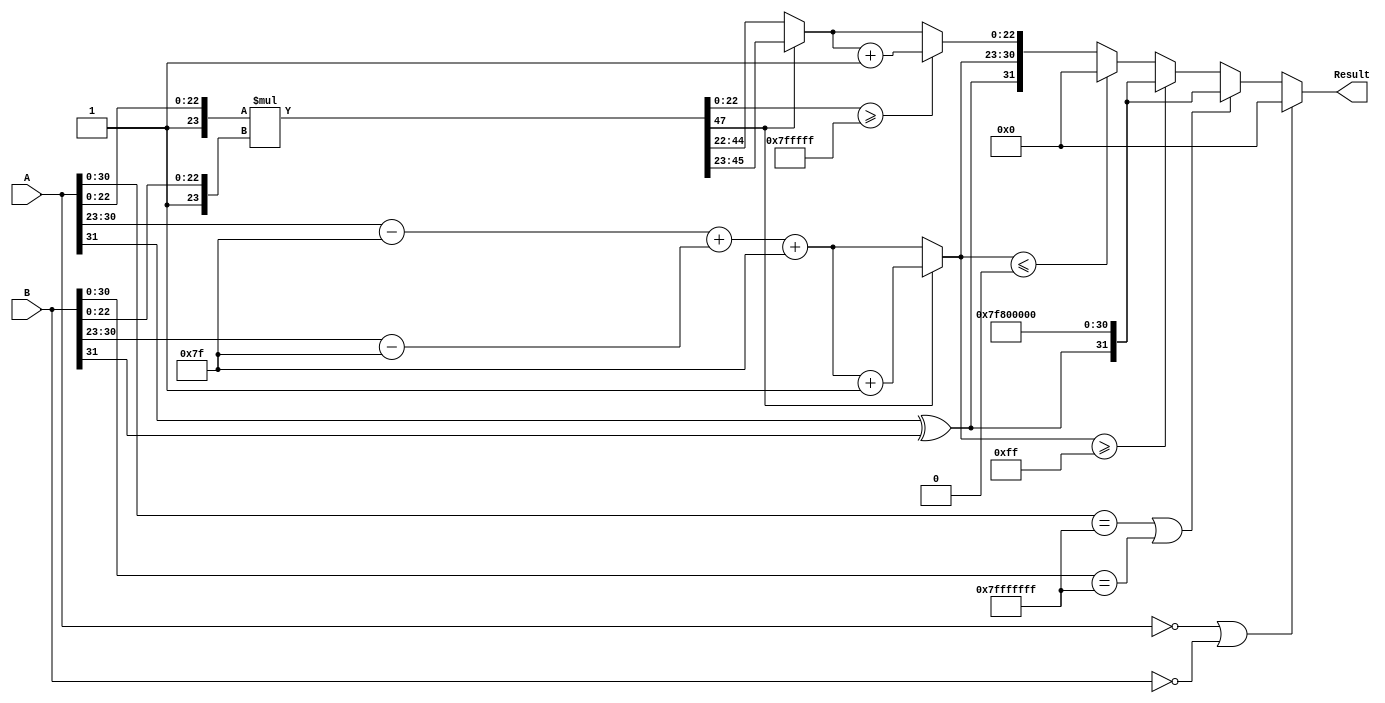
module FloatingPointMultiplier (
    input  wire [31:0] A,    // First operand
    input  wire [31:0] B,    // Second operand
    output reg  [31:0] Result // Result of multiplication
);

// Constants
localparam BIAS = 8'd127;

// Internal signals
wire A_sign = A[31];
wire B_sign = B[31];
wire sign_result = A_sign ^ B_sign;

wire [7:0] A_exponent = A[30:23];
wire [7:0] B_exponent = B[30:23];
wire [7:0] exponent_result;

wire [23:0] A_mantissa = {1'b1, A[22:0]}; // Prepend leading 1
wire [23:0] B_mantissa = {1'b1, B[22:0]}; // Prepend leading 1
wire [47:0] mantissa_product = A_mantissa * B_mantissa;

reg [23:0] mantissa_result;
reg [7:0] adjusted_exponent_result;
reg is_normalized;

always @(*) begin
    // Calculate exponent
    exponent_result = (A_exponent - BIAS) + (B_exponent - BIAS) + BIAS;

    // Normalization & rounding
    if (mantissa_product[47]) begin
        // Overflow case
        mantissa_result = mantissa_product[46:23]; // Shift right by 1
        adjusted_exponent_result = exponent_result + 8'd1;
    end else begin
        mantissa_result = mantissa_product[45:22]; // Normal case
        adjusted_exponent_result = exponent_result;
    end
    
    // Rounding
    if (mantissa_product[22:0] >= 23'h4FFFFFF) begin
        mantissa_result = mantissa_result + 1; // Round up
    end
    
    // Edge case for zero
    if (A == 32'd0 || B == 32'd0) begin
        Result = 32'd0;
    end else if (A[30:0] == 31'b11111111111111111111111111111111 || B[30:0] == 31'b11111111111111111111111111111111) begin
        // Check for NaN or infinity
        Result = {sign_result, 8'b11111111, 23'b0}; // Return NaN
    end else if (adjusted_exponent_result >= 8'd255) begin
        Result = {sign_result, 8'b11111111, 23'b0}; // Return infinity
    end else if (adjusted_exponent_result <= 8'd0) begin
        Result = {1'b0, 8'b0, 23'b0}; // Return zero
    end else begin
        // Assemble final result
        Result = {sign_result, adjusted_exponent_result[7:0], mantissa_result[22:0]};
    end
end

endmodule